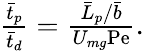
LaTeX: \begin{array}{r}{\frac{\bar{t}_{p}}{\bar{t}_{d}}=\frac{\bar{L}_{p}/\bar{b}}{U_{mg}\mathrm{Pe}}.}\end{array}